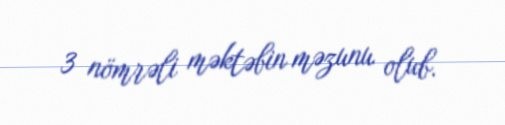
3 nömrəli məktəbin məzunu olub.